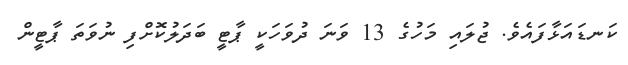
ކަނޑައަޅާފައެވެ. ޖުލައި މަހުގެ 13 ވަނަ ދުވަހަކީ ޕާޓީ ބަދަލުކޮށްފި ނުވަތަ ޕާޓީން